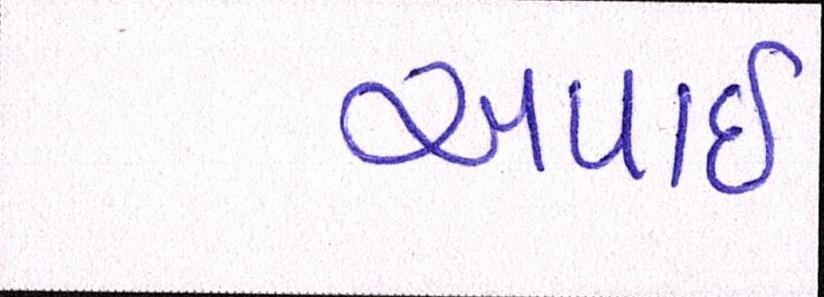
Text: અપાઇ